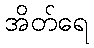
အိတ်ရေ